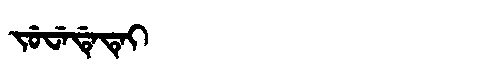
Manchu: ᠵᡠᠸᡝᡩᡝᡨᡝᡳ
Romanization: JUWEDETEI